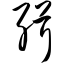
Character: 缉